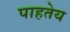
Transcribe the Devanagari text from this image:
पाहतेय